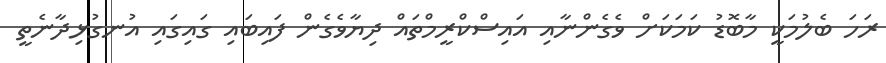
ރަހަ ބެލުމަކީ މާބޮޑު ކަމަކަށް ވެގެންނާއި އައިސްކްރީމްތައް ދިޔާވެގެން ފައިބައި ގައިގައި އުނގުޅިދާނެތީ